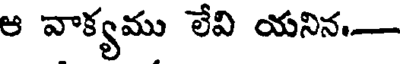
ఆ వాక్యము లేవి యనిన-